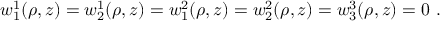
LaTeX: w _ { 1 } ^ { 1 } ( \rho , z ) = w _ { 2 } ^ { 1 } ( \rho , z ) = w _ { 1 } ^ { 2 } ( \rho , z ) = w _ { 2 } ^ { 2 } ( \rho , z ) = w _ { 3 } ^ { 3 } ( \rho , z ) = 0 \ .